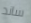
ساند